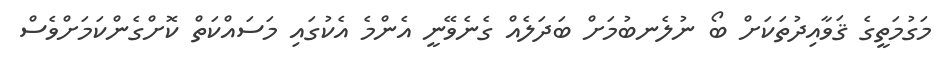
މަގުމަތީގެ ޤަވާއިދުތަކަށް ބޯ ނުލެނބުމަށް ބަދަލެއް ގެނެވޭނީ އެންމެ އެކުގައި މަސައްކަތް ކޮށްގެންކަމަށްވެސް